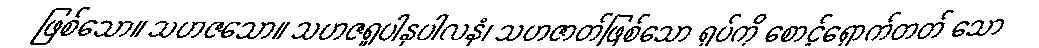
ဖြစ်သော။ သဟဇသော။ သဟဇရူပါနုပါလနံ၊ သဟဇာတ်ဖြစ်သော ရုပ်ကို စောင့်ရှောက်တတ် သော